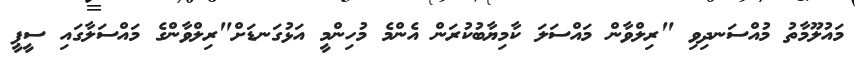
މައުލޫމާތު މުއްސަނދިވި "ރިލްވާން މައްސަލަ ކާމިޔާބުކުރަން އެންމެ މުހިންމީ އަޅުގަނޑަށް"ރިލްވާންގެ މައްސަލާގައި ސީޕީ